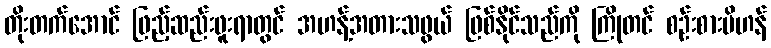
တိုးတက်အောင် ဖြည့်ဆည်းဖူးရာတွင် အဟန့်အတားသဖွယ် ဖြစ်နိုင်သည်ကို ကြိုတင် စဉ်းစားမိဟန်